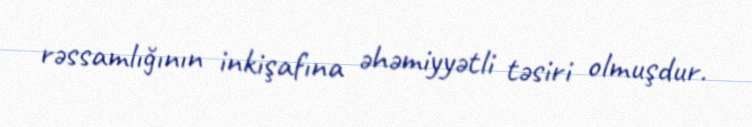
rəssamlığının inkişafına əhəmiyyətli təsiri olmuşdur.